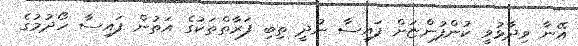
އޭނާ ވިދާޅުވީ ކުންފުންޏަށް ފައިސާ ނުދީ ތިބި ފަރާތްތަކުގެ އަތުން ފައިސާ ހޯދުމުގެ